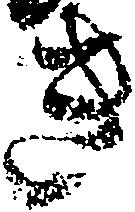
き